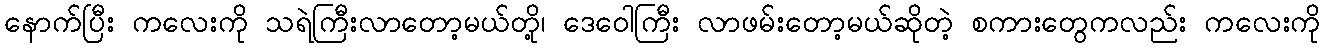
နောက်ပြီး ကလေးကို သရဲကြီးလာတော့မယ်တို့၊ ဒေဝေါကြီး လာဖမ်းတော့မယ်ဆိုတဲ့ စကားတွေကလည်း ကလေးကို